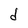
Character: d